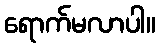
ရောက်မလာပါ။